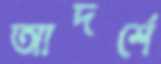
আদর্শে